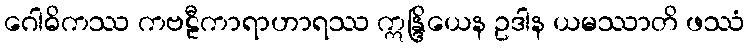
ဂေါဓိကဿ ကဗဠီကာရာဟာရဿ ဣန္ဒြိယေန ဥဒါန ယမဿာတိ ဖဿံ